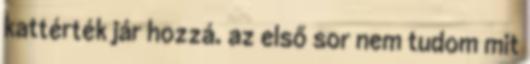
kattérték jár hozzá. az első sor nem tudom mit